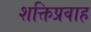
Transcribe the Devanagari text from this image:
शक्तिप्रवाह